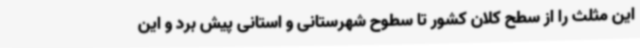
این مثلث را از سطح کلان کشور تا سطوح شهرستانی و استانی پیش برد و این